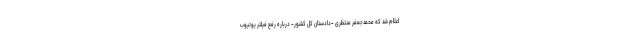
اعلام شد که محمدجعفر منتظری -دادستان کل کشور- درباره رفع فیلتر یوتیوب